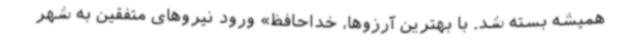
همیشه بسته شد. با بهترین آرزوها، خداحافظ» ورود نیروهای متفقین به شهر